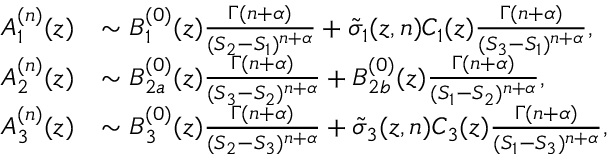
\begin{array} { r l } { A _ { 1 } ^ { ( n ) } ( z ) } & { \sim B _ { 1 } ^ { ( 0 ) } ( z ) \frac { \Gamma ( n + \alpha ) } { ( S _ { 2 } - S _ { 1 } ) ^ { n + \alpha } } + \tilde { \sigma } _ { 1 } ( z , n ) C _ { 1 } ( z ) \frac { \Gamma ( n + \alpha ) } { ( S _ { 3 } - S _ { 1 } ) ^ { n + \alpha } } , } \\ { A _ { 2 } ^ { ( n ) } ( z ) } & { \sim B _ { 2 a } ^ { ( 0 ) } ( z ) \frac { \Gamma ( n + \alpha ) } { ( S _ { 3 } - S _ { 2 } ) ^ { n + \alpha } } + B _ { 2 b } ^ { ( 0 ) } ( z ) \frac { \Gamma ( n + \alpha ) } { ( S _ { 1 } - S _ { 2 } ) ^ { n + \alpha } } , } \\ { A _ { 3 } ^ { ( n ) } ( z ) } & { \sim B _ { 3 } ^ { ( 0 ) } ( z ) \frac { \Gamma ( n + \alpha ) } { ( S _ { 2 } - S _ { 3 } ) ^ { n + \alpha } } + \tilde { \sigma } _ { 3 } ( z , n ) C _ { 3 } ( z ) \frac { \Gamma ( n + \alpha ) } { ( S _ { 1 } - S _ { 3 } ) ^ { n + \alpha } } , } \end{array}